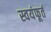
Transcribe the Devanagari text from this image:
स्वयंफूर्त